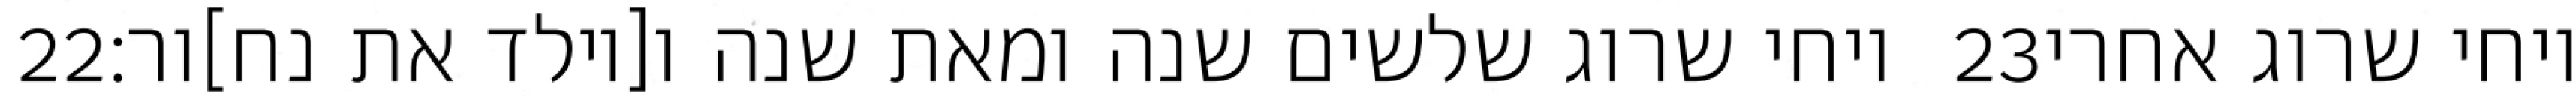
‎22‏ ויחי שרוג שלשים שנה ומאת שנה ו[יולד את נח]ור׃ ‎23‏ ויחי שרוג אחרי